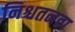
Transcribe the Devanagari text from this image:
निश्चतनता